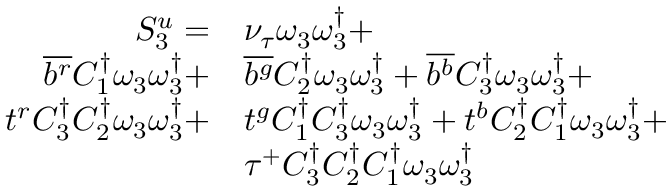
\begin{array} { r l } { S _ { 3 } ^ { u } = } & { { \nu _ { \tau } } \omega _ { 3 } \omega _ { 3 } ^ { \dagger } + } \\ { \overline { { b ^ { r } } } { C _ { 1 } ^ { \dagger } } \omega _ { 3 } \omega _ { 3 } ^ { \dagger } + } & { \overline { { b ^ { g } } } { C _ { 2 } ^ { \dagger } } \omega _ { 3 } \omega _ { 3 } ^ { \dagger } + \overline { { b ^ { b } } } { C _ { 3 } ^ { \dagger } } \omega _ { 3 } \omega _ { 3 } ^ { \dagger } + } \\ { t ^ { r } { C _ { 3 } ^ { \dagger } } { C _ { 2 } ^ { \dagger } } \omega _ { 3 } \omega _ { 3 } ^ { \dagger } + } & { t ^ { g } { C _ { 1 } ^ { \dagger } } { C _ { 3 } ^ { \dagger } } \omega _ { 3 } \omega _ { 3 } ^ { \dagger } + t ^ { b } { C _ { 2 } ^ { \dagger } } { C _ { 1 } ^ { \dagger } } \omega _ { 3 } \omega _ { 3 } ^ { \dagger } + } \\ & { \tau ^ { + } { C _ { 3 } ^ { \dagger } } { C _ { 2 } ^ { \dagger } } { C _ { 1 } ^ { \dagger } } \omega _ { 3 } \omega _ { 3 } ^ { \dagger } } \end{array}